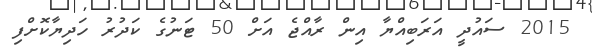
2015 ސައުދީ އަރަބިއްޔާ އިން ރާއްޖެ އަށް 50 ޓަނުގެ ކަދުރު ހަދިޔާކޮށްފި